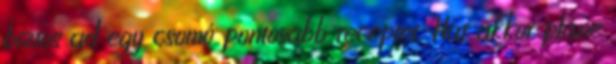
biztos ad egy csomó pontosabb receptet. Hát akkor pláne